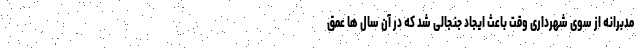
مدبرانه از سوی شهرداری وقت باعث ایجاد جنجالی شد که در آن سال ها عمق